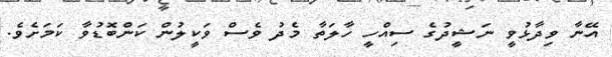
އޭނާ ވިދާޅުވީ ނަޝީދުގެ ސިއްހީ ހާލަތާ މެދު ވެސް ވަކީލުން ކަންބޮޑުވާ ކަމަށެވެ.